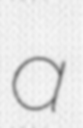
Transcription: a